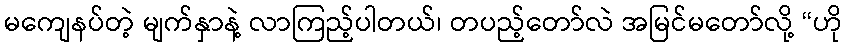
မကျေနပ်တဲ့ မျက်နှာနဲ့ လာကြည့်ပါတယ်၊ တပည့်တော်လဲ အမြင်မတော်လို့ “ဟို